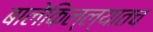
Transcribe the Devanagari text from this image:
बालेकिल्ल्यातच